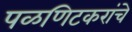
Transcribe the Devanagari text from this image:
पळणिटकरांचे